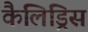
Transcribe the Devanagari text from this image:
कैलिड्रिस